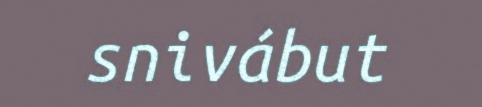
snivábut